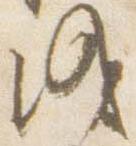
成